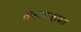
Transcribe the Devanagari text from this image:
समाजाबाबत